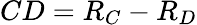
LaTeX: CD=R_{C}-R_{D}